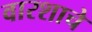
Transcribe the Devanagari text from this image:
वारशाचे